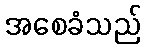
အစေခံသည်